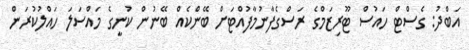
އަބްދު: ގެސްޓް ހައުސް ޓޫރިޒަމްގެ ރަސްގެފާނުމާފުއްޓަށް ބޭންކެއް ބޭނުން ކުނީގެ މައްސަލަ ހައްލުކުރަން